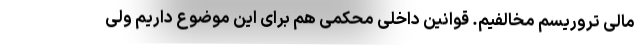
مالی تروریسم مخالفیم. قوانین داخلی محکمی هم برای این موضوع داریم ولی